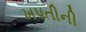
ખપતીની